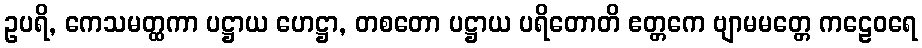
ဥပရိ, ကေသမတ္ထကာ ပဋ္ဌာယ ဟေဋ္ဌာ, တစတော ပဋ္ဌာယ ပရိတောတိ ဧတ္တကေ ဗျာမမတ္တေ ကဠေဝရေ